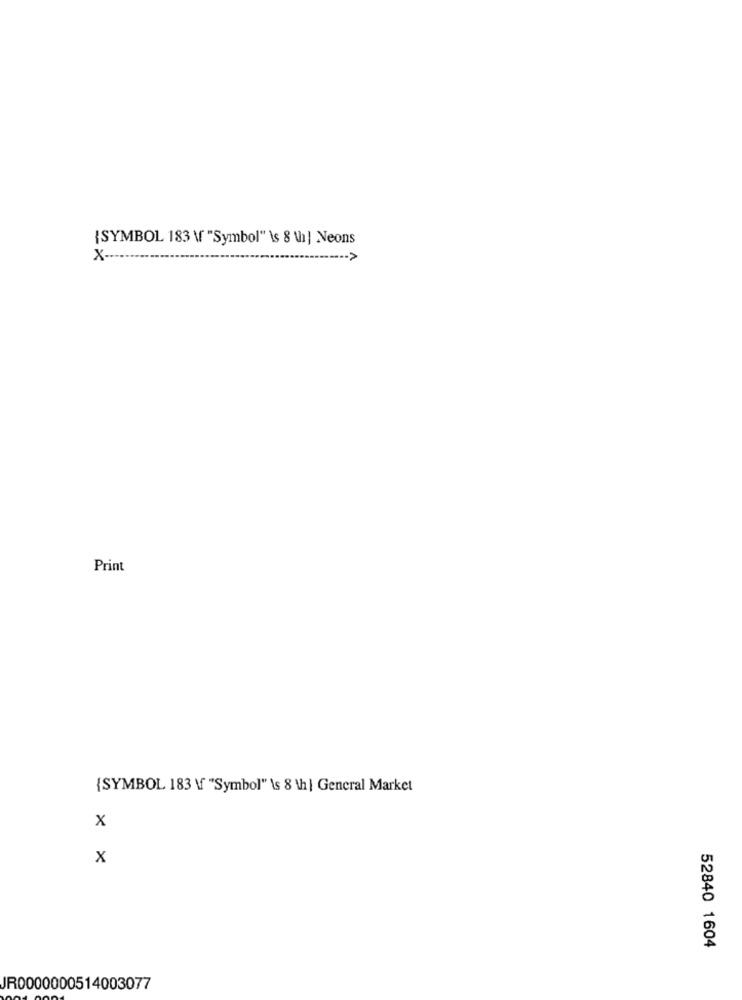
{SYMBOL 183 \ "Symbol" \s 8 th| Neons
x --
Print
{SYMBOL 183 \ "Symbol" \s 8 th | General Market
x
x
52840 1604
JR0000000514003077